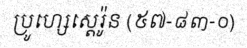
ប្រូហ្សេស្តេរ៉ូន (៥៧-៨៣-០)